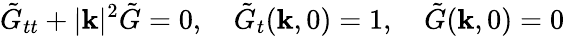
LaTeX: \tilde{G}_{tt}+|\mathbf{k}|^{2}\tilde{G}=0,\quad\tilde{G}_{t}(\mathbf{k},0)=1,\quad\tilde{G}(\mathbf{k},0)=0